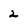
Character: 2